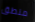
منطق